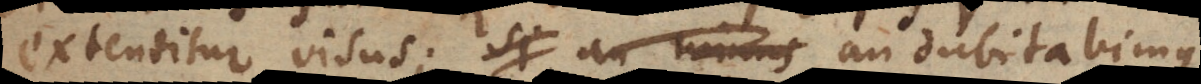
extenditur visus; si an minus dubitabimus